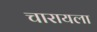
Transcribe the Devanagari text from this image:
चारायला